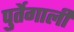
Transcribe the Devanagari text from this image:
पुर्तेगाली